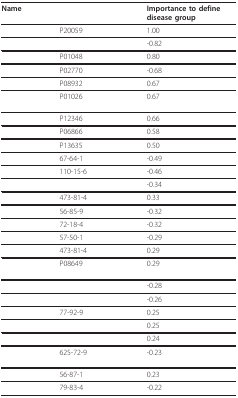
<table><thead><tr><td><b>Name</b></td><td>[EMPTY_CELL]</td><td><b>Importance to define disease group</b></td></tr></thead><tbody><tr><td>[EMPTY_CELL]</td><td>P20059</td><td>1.00</td></tr><tr><td>[EMPTY_CELL]</td><td>[EMPTY_CELL]</td><td>-0.82</td></tr><tr><td>[EMPTY_CELL]</td><td>P01048</td><td>0.80</td></tr><tr><td>[EMPTY_CELL]</td><td>P02770</td><td>-0.68</td></tr><tr><td>[EMPTY_CELL]</td><td>P08932</td><td>0.67</td></tr><tr><td>[EMPTY_CELL]</td><td>P01026</td><td>0.67</td></tr><tr><td>[EMPTY_CELL]</td><td>P12346</td><td>0.66</td></tr><tr><td>[EMPTY_CELL]</td><td>P06866</td><td>0.58</td></tr><tr><td>[EMPTY_CELL]</td><td>P13635</td><td>0.50</td></tr><tr><td>[EMPTY_CELL]</td><td>67-64-1</td><td>-0.49</td></tr><tr><td>[EMPTY_CELL]</td><td>110-15-6</td><td>-0.46</td></tr><tr><td>[EMPTY_CELL]</td><td>[EMPTY_CELL]</td><td>-0.34</td></tr><tr><td>[EMPTY_CELL]</td><td>473-81-4</td><td>0.33</td></tr><tr><td>[EMPTY_CELL]</td><td>56-85-9</td><td>-0.32</td></tr><tr><td>[EMPTY_CELL]</td><td>72-18-4</td><td>-0.32</td></tr><tr><td>[EMPTY_CELL]</td><td>57-50-1</td><td>-0.29</td></tr><tr><td>[EMPTY_CELL]</td><td>473-81-4</td><td>0.29</td></tr><tr><td>[EMPTY_CELL]</td><td>P08649</td><td>0.29</td></tr><tr><td>[EMPTY_CELL]</td><td>[EMPTY_CELL]</td><td>-0.28</td></tr><tr><td>[EMPTY_CELL]</td><td>[EMPTY_CELL]</td><td>-0.26</td></tr><tr><td>[EMPTY_CELL]</td><td>77-92-9</td><td>0.25</td></tr><tr><td>[EMPTY_CELL]</td><td>[EMPTY_CELL]</td><td>0.25</td></tr><tr><td>[EMPTY_CELL]</td><td>[EMPTY_CELL]</td><td>0.24</td></tr><tr><td>[EMPTY_CELL]</td><td>625-72-9</td><td>-0.23</td></tr><tr><td>[EMPTY_CELL]</td><td>56-87-1</td><td>0.23</td></tr><tr><td>[EMPTY_CELL]</td><td>79-83-4</td><td>-0.22</td></tr></tbody></table>